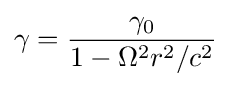
\gamma ={\frac {\gamma _{0}}{1-\Omega ^{2}r^{2}/c^{2}}}